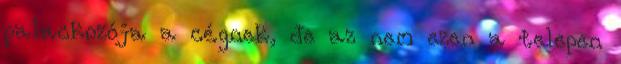
palackozója a cégnek, de az nem ezen a telepen